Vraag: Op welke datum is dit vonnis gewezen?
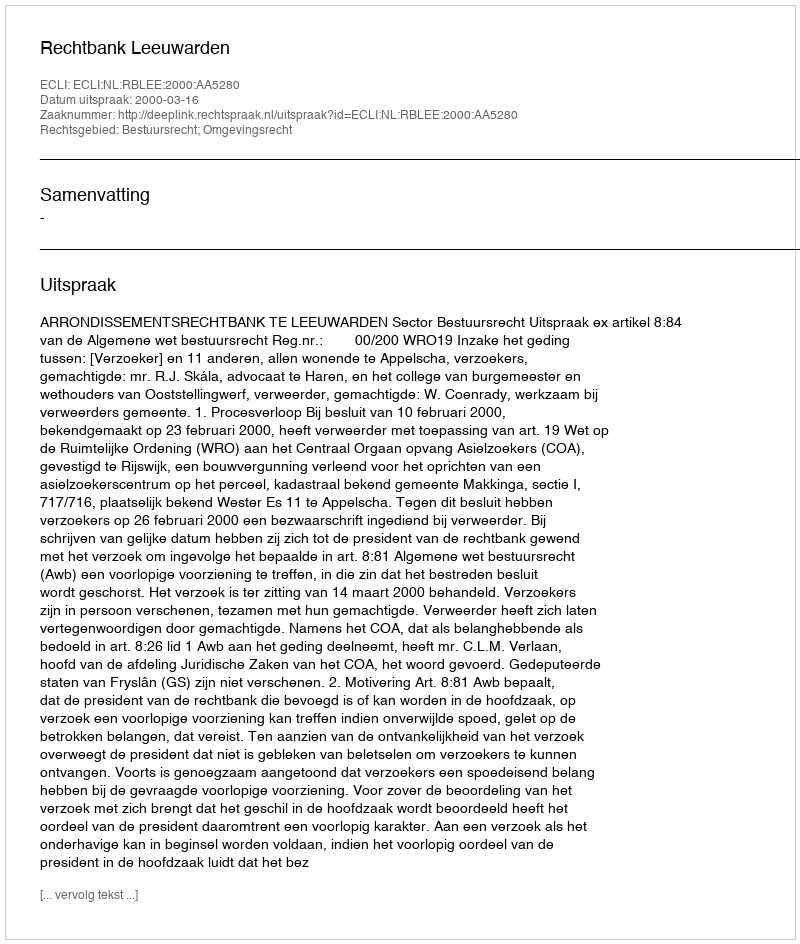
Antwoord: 2000-03-16